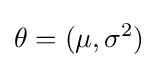
\theta =(\mu ,\sigma ^{2})